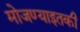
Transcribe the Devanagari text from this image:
मोजण्याइतकी